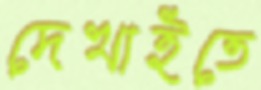
দেখাইতে